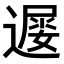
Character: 𨖔